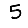
Digit: 5